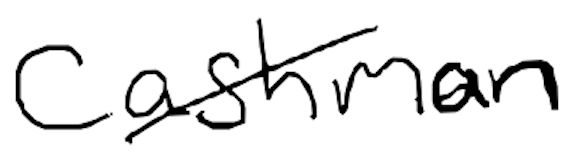
Text: Cashman
Cross-out: diagonal
Writing tool: digital_black